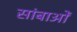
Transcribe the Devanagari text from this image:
सांबाओं